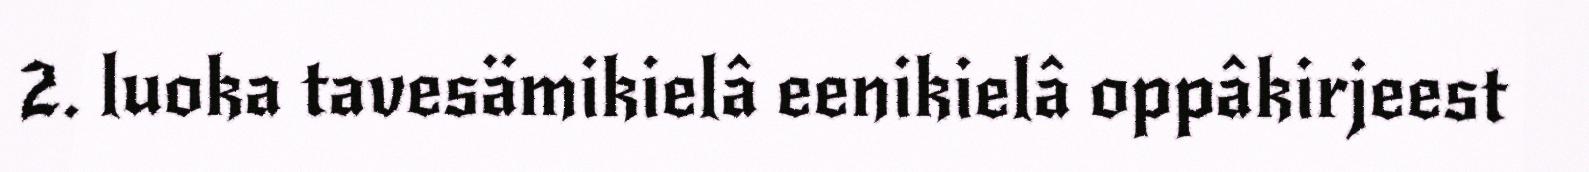
2. luoka tavesämikielâ eenikielâ oppâkirjeest